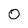
Character: 0